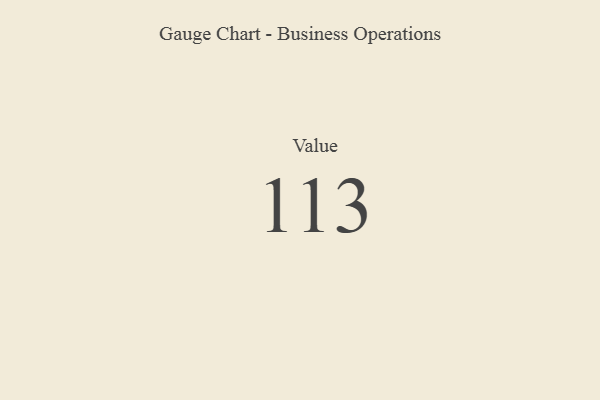
{"axis": {"x": "Metric", "y": "Value"}, "legend": [""], "data": [{"x": "Value", "y": 113, "type": ""}]}